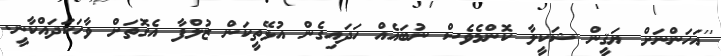
''އަހަންނަށް ޔަޤީން ޝަކީލާ ކޮންމެވެސް ނުބައެއް ހަދައިގެން އުޅޭތީކަން ޒުލްފާ އެގޮތަށް ވާހަކަދައްކާނީ.